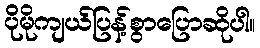
ပိုမိုကျယ်ပြန့်စွာပြောဆိုပါ။